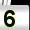
Digit: 5